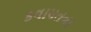
કવાયતના